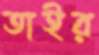
তাইর